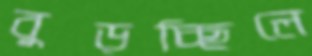
বুড়চ্ছিলে